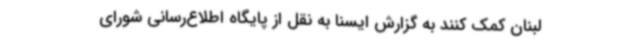
لبنان کمک کنند به گزارش ایسنا به نقل از پایگاه اطلاع‌رسانی شورای